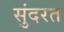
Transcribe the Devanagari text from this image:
सुंदरत